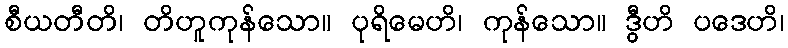
စီယတီတိ၊ တိဟူကုန်သော။ ပုရိမေဟိ၊ ကုန်သော။ ဒွီဟိ ပဒေဟိ၊